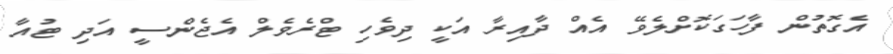
އެގޮތުން ފާހަގަކޮށްލެވޭ އެއް ދާއިރާ އަކީ ދިވެހި ޓްރެވެލް އެޖެންސީ އަދި ޓުއާ